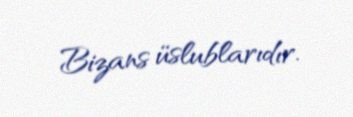
Bizans üslublarıdır.